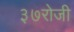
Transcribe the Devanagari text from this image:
३७रोजी